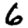
Digit: 6